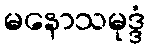
မနောသမုဒ္ဒံ